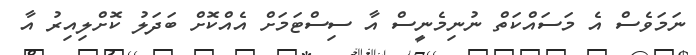
ނަމަވެސް އެ މަސައްކަތް ނުނިމެނީސް އާ ސިސްޓަމަށް އެއްކޮށް ބަދަލު ކޮށްލިއިރު އާ